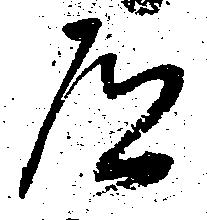
殿